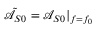
\tilde { \mathcal { A } } _ { S 0 } = \mathcal { A } _ { S 0 } | _ { f = f _ { 0 } }